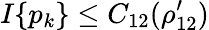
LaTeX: I\{ p_{k}\} \le C_{12}(\rho_{12}^{\prime})